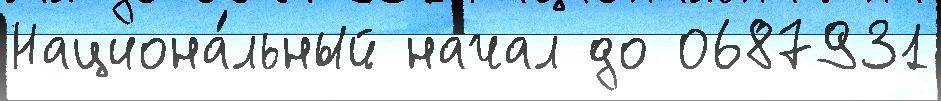
Национа́льный начал до 0687931